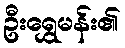
ဦးရွှေမန်း၏